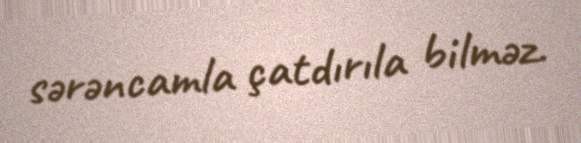
sərəncamla çatdırıla bilməz.